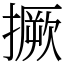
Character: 撅